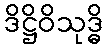
ဒိဋ္ဌိဝိသုဒ္ဓိ